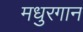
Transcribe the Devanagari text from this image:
मधुरगान